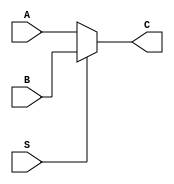
module TwoXOneMUX( input A,B,S,output  C);

assign C= S? B:A;
//always @(*)
//begin
// C = (A & ~S )|(S & B);
// end
endmodule